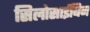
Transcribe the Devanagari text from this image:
सिलोसाईबिन